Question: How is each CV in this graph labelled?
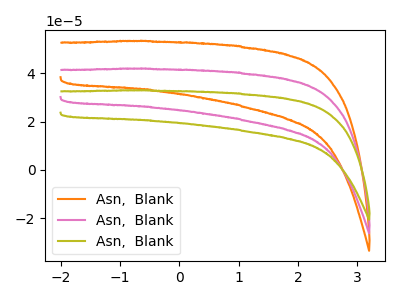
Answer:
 <answer>The orange curve is labeled "Asn,  Blank1". The pink curve is labeled "Asn,  Blank2". The olive curve is labeled "Asn,  Blank3".</answer>
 <eval></eval>